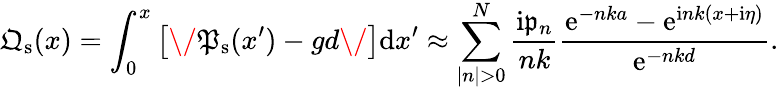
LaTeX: {\mathfrak{Q}}_{\mathrm{s}}(x)=\int_{0}^{x}\left[\/ {\mathfrak{P}}_{\mathrm{s}}(x^{\prime})-gd\/ \right]\mathrm{d}x^{\prime}\approx\sum_{|n|>0}^{N}\frac{\mathrm{i}\mathfrak{p}_{n}}{nk}\frac{\mathrm{e}^{-nka}-\mathrm{e}^{\mathrm{i}nk(x+\mathrm{i}\eta)}}{\mathrm{e}^{-nkd}}.